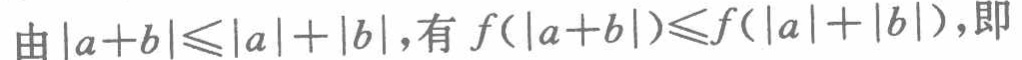
由\(\vert a + b\vert\leqslant\vert a\vert+\vert b\vert\)，有\(f(\vert a + b\vert)\leqslant f(\vert a\vert+\vert b\vert)\)，即